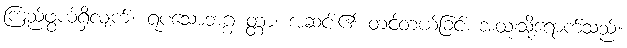
ကြည်ဖွယ်ရှိလျက်။ ရူပသောဘဂ္ဂ တ္တာ၊ အဆင်း၏ တင့်တယ်ခြင်း အထူးသို့ရောက်သည်။